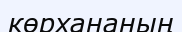
көрхананың